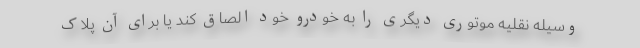
وسیله نقلیه موتوری دیگری را به خودرو خود الصاق کند یا برای آن پلاک